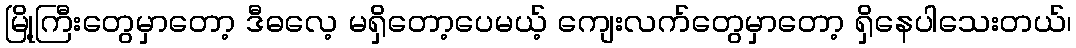
မြို့ကြီးတွေမှာတော့ ဒီဓလေ့ မရှိတော့ပေမယ့် ကျေးလက်တွေမှာတော့ ရှိနေပါသေးတယ်၊